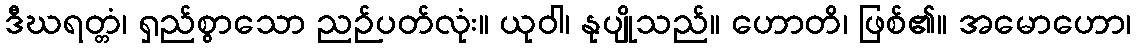
ဒီဃရတ္တံ၊ ရှည်စွာသော ညဉ်ပတ်လုံး။ ယုဝါ၊ နုပျိုသည်။ ဟောတိ၊ ဖြစ်၏။ အမောဟော၊